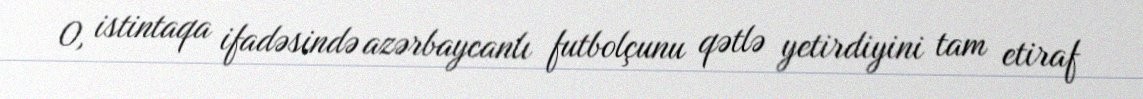
O, istintaqa ifadəsində azərbaycanlı futbolçunu qətlə yetirdiyini tam etiraf